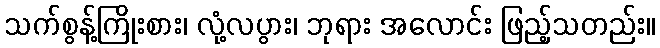
သက်စွန့်ကြိုးစား၊ လုံ့လပွား၊ ဘုရား အလောင်း ဖြည့်သတည်း။